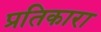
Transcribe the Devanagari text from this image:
प्रतिकारा